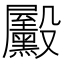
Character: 𪵓